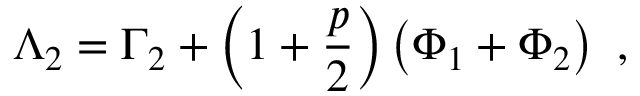
\Lambda _ { 2 } = \Gamma _ { 2 } + \left( 1 + \frac { p } { 2 } \right) \left( \Phi _ { 1 } + \Phi _ { 2 } \right) \ ,